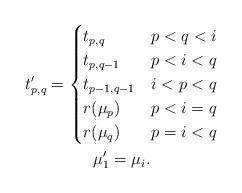
LaTeX: \begin{gather*}t'_{p,q} = \begin{cases} t_{p,q} & p<q<i \\ t_{p,q-1} & p<i<q \\ t_{p-1,q-1} & i<p<q \\ r(\mu_p) & p<i=q \\ r(\mu_q) & p=i<q \end{cases} \\\mu'_1 = \mu_i.\end{gather*}